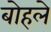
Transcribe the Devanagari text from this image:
बोहले